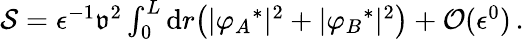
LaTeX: \begin{array}{r}{\mathcal{S}=\epsilon^{-1}\mathfrak{v}^{2}\int_{0}^{L}\mathrm{d}r\big(\vert{\varphi_{A}}^{*}\vert^{2}+\vert{\varphi_{B}}^{*}\vert^{2}\big)+\mathcal{O}(\epsilon^{0})\, .}\end{array}